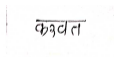
मजकूर: करवत